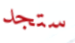
ستجد